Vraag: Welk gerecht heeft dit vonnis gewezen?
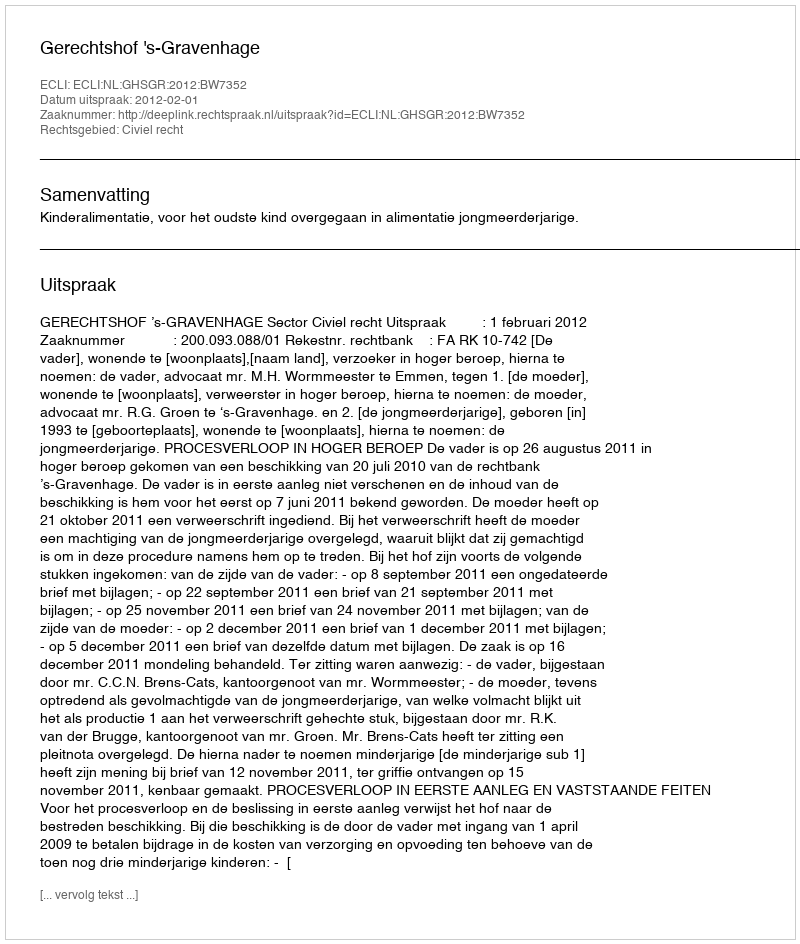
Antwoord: Gerechtshof 's-Gravenhage